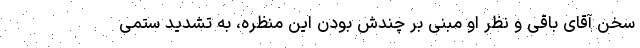
سخن آقای باقی و نظر او مبنی بر چندش بودن این منظره، ‌به تشدید ستمی